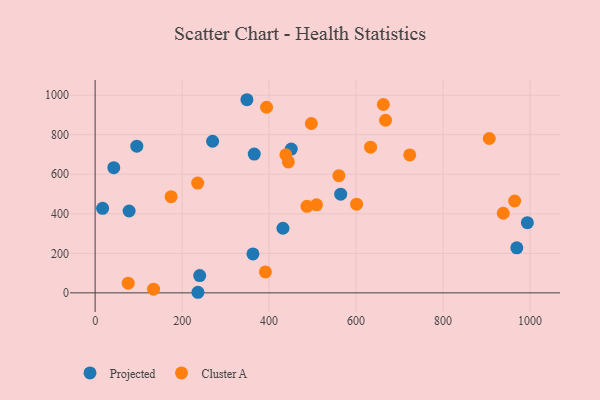
{"axis": {"x": "Engine Size", "y": "Profit"}, "legend": ["Cluster A", "Projected"], "data": [{"x": "78.1", "y": 414.2, "type": "Projected"}, {"x": "17.2", "y": 427.6, "type": "Projected"}, {"x": "450.9", "y": 727.4, "type": "Projected"}, {"x": "236.3", "y": 2.9, "type": "Projected"}, {"x": "270.1", "y": 767.1, "type": "Projected"}, {"x": "969.5", "y": 228.0, "type": "Projected"}, {"x": "42.9", "y": 633.3, "type": "Projected"}, {"x": "431.8", "y": 326.8, "type": "Projected"}, {"x": "240.4", "y": 87.2, "type": "Projected"}, {"x": "95.8", "y": 742.1, "type": "Projected"}, {"x": "362.8", "y": 197.2, "type": "Projected"}, {"x": "349.0", "y": 977.3, "type": "Projected"}, {"x": "564.6", "y": 499.4, "type": "Projected"}, {"x": "365.8", "y": 702.3, "type": "Projected"}, {"x": "993.8", "y": 355.1, "type": "Projected"}, {"x": "75.9", "y": 49.1, "type": "Cluster A"}, {"x": "497.1", "y": 857.1, "type": "Cluster A"}, {"x": "394.1", "y": 939.2, "type": "Cluster A"}, {"x": "723.3", "y": 698.0, "type": "Cluster A"}, {"x": "235.8", "y": 555.7, "type": "Cluster A"}, {"x": "487.0", "y": 437.9, "type": "Cluster A"}, {"x": "964.5", "y": 464.9, "type": "Cluster A"}, {"x": "174.6", "y": 486.9, "type": "Cluster A"}, {"x": "560.4", "y": 592.8, "type": "Cluster A"}, {"x": "438.5", "y": 698.9, "type": "Cluster A"}, {"x": "633.3", "y": 737.2, "type": "Cluster A"}, {"x": "938.3", "y": 402.9, "type": "Cluster A"}, {"x": "509.0", "y": 445.6, "type": "Cluster A"}, {"x": "134.3", "y": 18.5, "type": "Cluster A"}, {"x": "601.2", "y": 448.6, "type": "Cluster A"}, {"x": "906.2", "y": 781.1, "type": "Cluster A"}, {"x": "391.5", "y": 105.7, "type": "Cluster A"}, {"x": "662.6", "y": 953.1, "type": "Cluster A"}, {"x": "667.7", "y": 873.5, "type": "Cluster A"}, {"x": "444.3", "y": 662.3, "type": "Cluster A"}]}